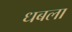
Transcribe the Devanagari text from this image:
धबला